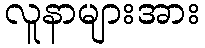
လူနာများအား